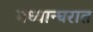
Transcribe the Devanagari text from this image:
मध्यान्घरात